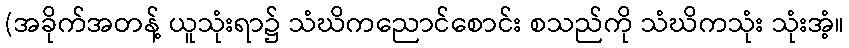
(အခိုက်အတန့် ယူသုံးရာ၌ သံဃိကညောင်စောင်း စသည်ကို သံဃိကသုံး သုံးအံ့။